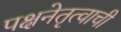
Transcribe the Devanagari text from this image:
पक्षनेतृत्वाची